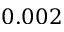
0 . 0 0 2